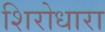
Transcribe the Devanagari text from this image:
शिरोधारा